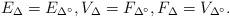
LaTeX: \begin{align*}E_{\Delta} = E_{\Delta^\circ}, V_{\Delta} = F_{\Delta^\circ}, F_{\Delta} = V_{\Delta^\circ}.\end{align*}